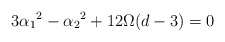
\begin{align*}3 \alpha_1{}^2 - \alpha_2{}^2 + 12 \Omega (d-3) = 0\end{align*}